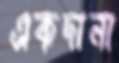
একদানা